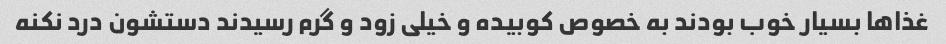
غذاها بسیار خوب بودند به خصوص کوبیده و خیلی زود و گرم رسیدند دستشون درد نکنه